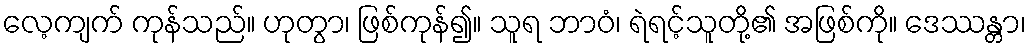
လေ့ကျက် ကုန်သည်။ ဟုတွာ၊ ဖြစ်ကုန်၍။ သူရ ဘာဝံ၊ ရဲရင့်သူတို့၏ အဖြစ်ကို။ ဒေဿန္တာ၊